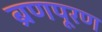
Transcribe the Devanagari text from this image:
ब्रणपूरण